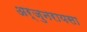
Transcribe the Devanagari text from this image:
अर्जुनरायसा